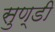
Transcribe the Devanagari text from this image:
सुण्डी